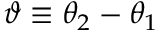
\vartheta \equiv \theta _ { 2 } - \theta _ { 1 }